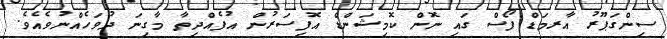
ސިންގަޕޫރު އާރމަޑް ފޯސް ގައި ނޮން ކޮމިޝަންޑް އޮފިސަރުން އުފެއްދިތާ މާގިނަ ދުވަހެއްނުވެއެވެ.